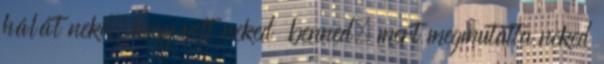
hálát neki, hogy volt neked benned, mert megmutatta neked